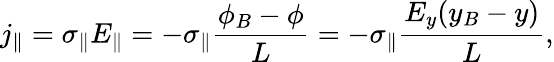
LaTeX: j_{\| }=\sigma_{\| }E_{\| }=-\sigma_{\| }\frac{\phi_{B}-\phi}{L}=-\sigma_{\| }\frac{E_{y}(y_{B}-y)}{L},